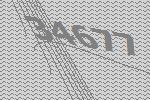
34677